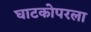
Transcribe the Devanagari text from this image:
घाटकोपरला